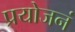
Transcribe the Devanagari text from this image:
प्रयोजनं